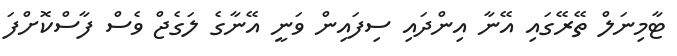
ޓާމިނަލް ތޭރޭގައި އޭނާ އިންދައި ސިފައިން ވަނީ އޭނާގެ ލަގެޖް ވެސް ފާސްކޮށްފަ